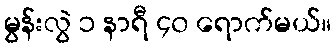
မွန်းလွဲ ၁ နာရီ ၄၀ ရောက်မယ်။